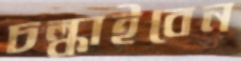
চল্‌কাইবেন